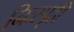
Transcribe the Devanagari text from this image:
निःस्पृही